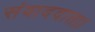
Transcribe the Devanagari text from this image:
संवाददाता।